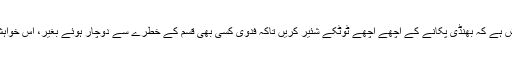
تو حضرات سے گزارش ہے کہ بھنڈی پکانے کے اچھے اچھے ٹوٹکے شئیر کریں تاکہ فدوی کسی بھی قسم کے خطرے سے دوچار ہوئے بغیر، اس خواہش کی تکمیل کر سکے۔